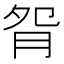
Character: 𦙵